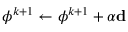
\phi ^ { k + 1 } \leftarrow \phi ^ { k + 1 } + \alpha \mathbf { d }